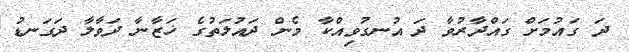
ދަ ގައުމަށް ގައްދާރުވާ ދަ އުނގުވިއްކާ މެން ދައުލަތުގެ ޚަޒާނާ ދަވާލާ ދަގަނޑު